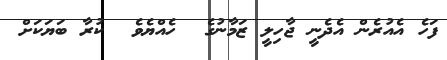
ފަހެ އެއުރެން އެދެނީ ޖާހިލީ ޒަމާނުގެ  ހެއްޔެވެ  ކުރާ ބަޔަކަށް